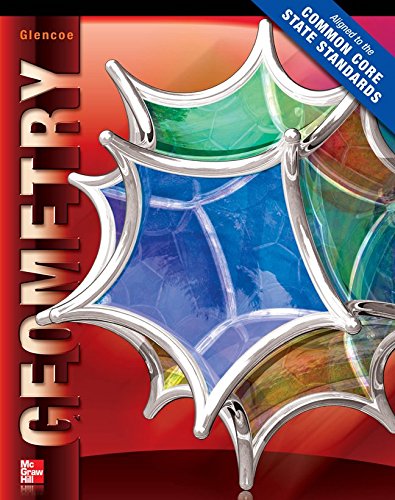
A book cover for Geometry Student Edition  CCSS (MERRILL GEOMETRY); McGraw-Hill Education; Science & Math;